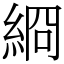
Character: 綗